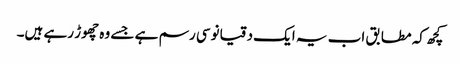
کچھ کہ مطابق اب یہ ایک دقیانوسی رسم ہے جسے وہ چھوڑ رہے ہیں۔